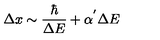
\Delta x \sim \frac { \hbar } { \Delta E } + \alpha ^ { ' } \Delta E